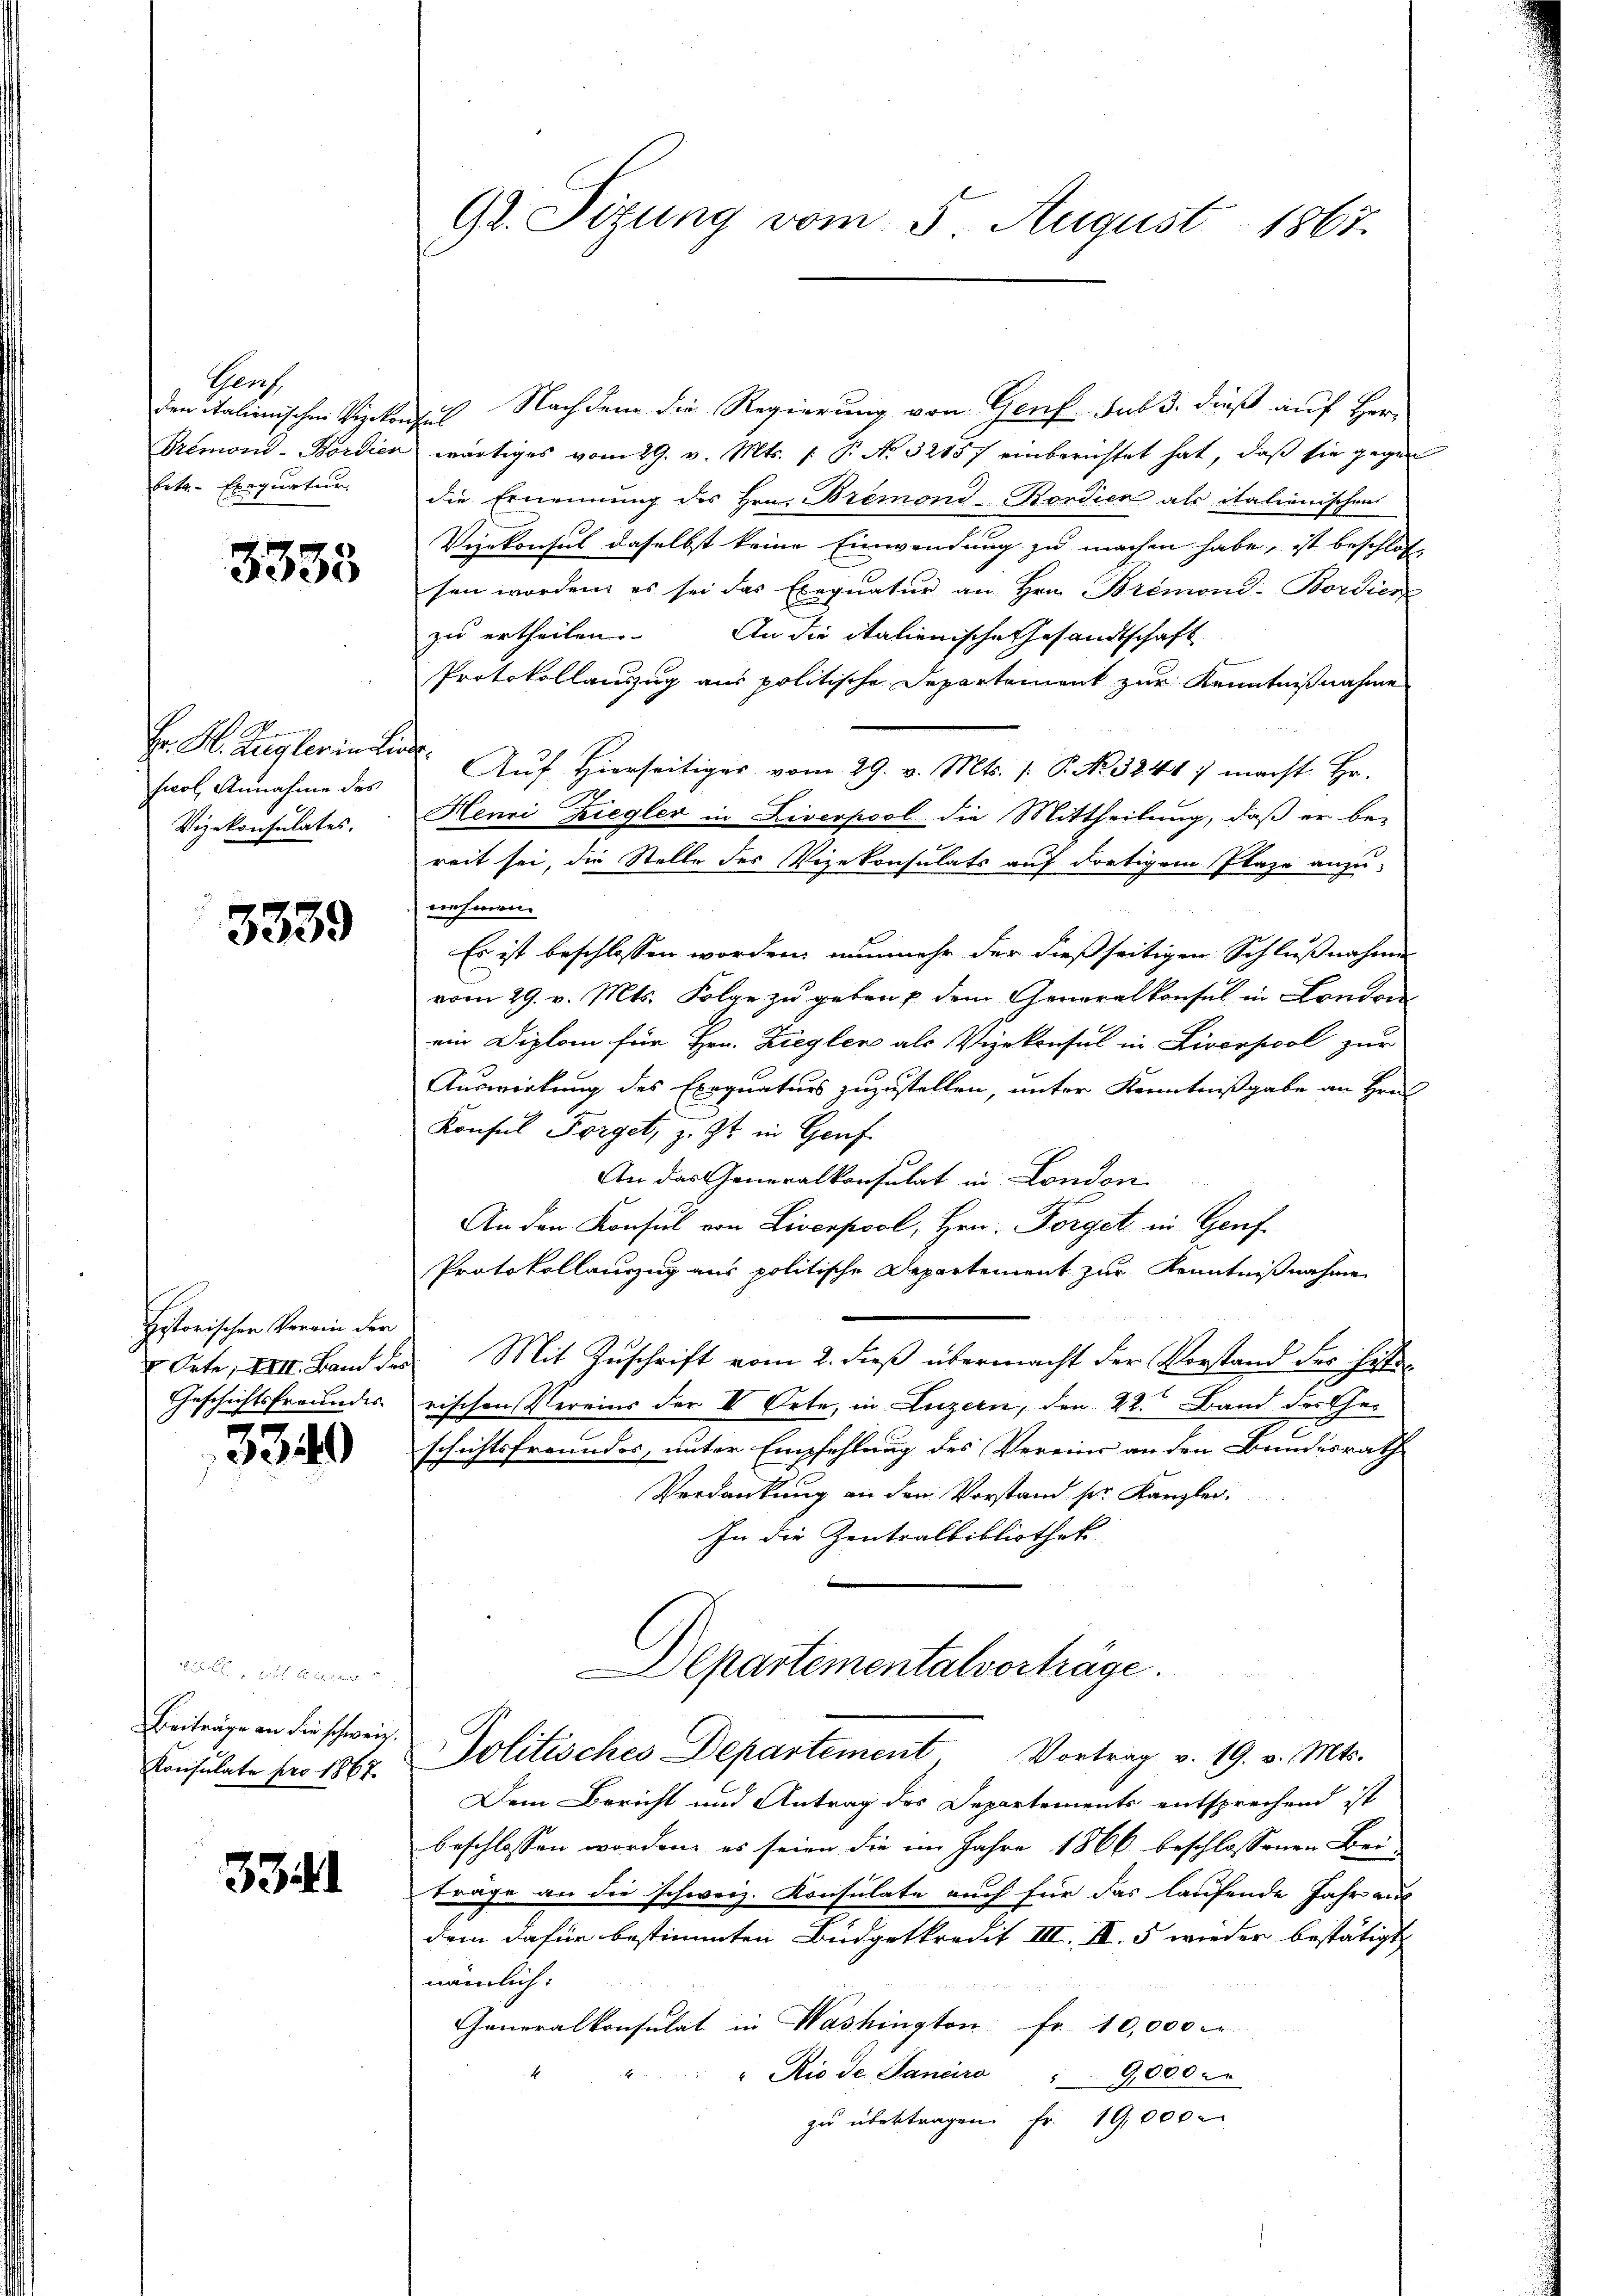
Genf
den italienischen Vizekon
Tremond-Bordien
Erta-Exequatur

3333

d
Hr. H. Zuglerindis
fiol Annahme des
Vizekonsulates.

3339

Historischen Verrin der
 Orte, XIII. Band der
Geschichtsfreundes

3340

t Segen
Beiträge an die schweiz.
Konsulate pro 1867.

3341

Gr. Sizung vom 5. August 1867.

us Nachdem die Regierung von Genf. sub 3. dieß auf Herr
wärtiges vom 29. v. Mts. f. P. No 32157 einberichtet hat, daß sie gegen
die Ernennung des Hrn. Bremond-Bordier als italienischen
Vizekonsul daselbst keine Einwendung zu machen habe, ist beschlos
sen worden, es sei das Exequatur an Hrn. Bremond: Bordien
zu ertheilen. An die italienische Gesandtschaft
Protokollauszug aus politische Departement zur Kenntnißnahme
: Auf Hierseitiger vom 29. v. Mts. f. P. Nr. 3841 ; macht Hr.
Henri Ziegler in Liverpool die Mittheilung, daß er be-
reit sei, die Stelle des Vizekonsulats auf dortigem Plaze anzu-
nehmen.
Es ist beschlossen worden, nunmehr der dießseitigen Schlußnahmen
vom 29. v. Mts. Folge zu geben u dem Generalkonsul in London
ein Diplom für Hrn. Ziegler als Vizekonsul in Liverpool zur
Auswirkung des Exequaturs zuzustellen, unter Kenntnißgabe an Hrn.
Konsul Förget, z. Zt. in Genf.
An das Generalkonsulat in London.
An den Konsul von Liverpool, Hrn. Förget in Genf
Protokollauszug aus politische Departement zur Kenntnißnahme
Mit Zuschrift vom 2. dieß übermacht der Vorstand der Heferischen Vereins der III Orte, in Luzern, den 22. Band des Geschichtsfreundes, unter Empfehlung des Vereins an den Bundesrath
Verdankung an den Vorstand ser Kanzlei.
In die Zentralbibliothek
Departementalvorträge.
Politisches Departement Vortrag v. 19. v. Mts.
Dem Bericht und Antrag des Departements entsprechend ist
beschlossen worden, es seien die im Jahre 1866 beschlossenen Bei-
trage an die schweiz. Konsulate auch für das laufende Jahr aus
dem dafür bestimmten Budgetkredit III. II. 5 wieder bestätigt
nämlich:
Generalkonsulat in Washington Fr. 10,000
" Rio de Pancra " 9,000
zu übertragen. Fr. 19,000